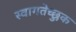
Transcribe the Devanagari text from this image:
स्वागतेच्छुक